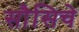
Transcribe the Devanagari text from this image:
सौसिचे